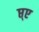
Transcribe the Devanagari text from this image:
प्त्ए